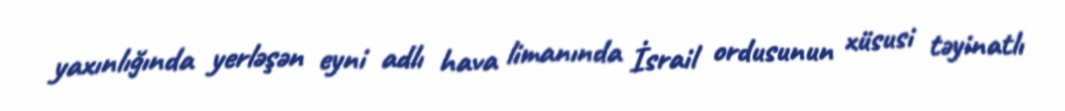
yaxınlığında yerləşən eyni adlı hava limanında İsrail ordusunun xüsusi təyinatlı